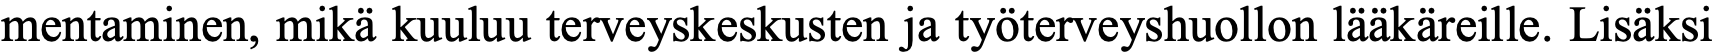
mentaminen, mikä kuuluu terveyskeskusten ja työterveyshuollon lääkäreille. Lisäksi